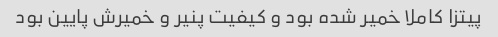
پیتزا کاملا خمیر شده بود و کیفیت پنیر و خمیرش پایین بود